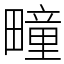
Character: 疃